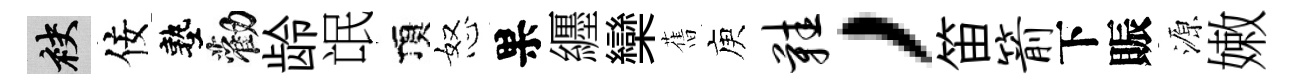
袂佞塾勸龄氓頂怒果纒欒𦾔庾鞋，笛箭下賑源嫩